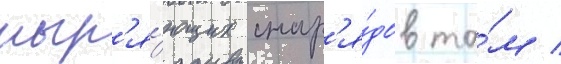
ныр'я́ющих снар'я́дов та́м /